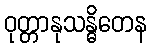
ဝုတ္တာနုသန္ဓိတေန